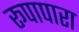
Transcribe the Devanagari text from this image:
रूपापारा